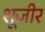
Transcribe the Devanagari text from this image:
शूजीर